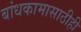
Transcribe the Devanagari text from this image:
बांधकामासाठीही